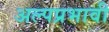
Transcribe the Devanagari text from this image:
अल्पप्रभावी